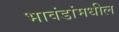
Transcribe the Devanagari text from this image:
भावंडांमधील